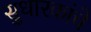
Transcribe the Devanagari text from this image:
सुधारकांचे